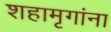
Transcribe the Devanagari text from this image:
शहामृगांना